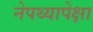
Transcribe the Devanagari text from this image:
नेपथ्यापेक्षा